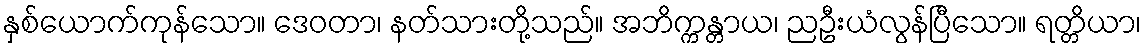
နှစ်ယောက်ကုန်သော။ ဒေဝတာ၊ နတ်သားတို့သည်။ အဘိက္ကန္တာယ၊ ညဦးယံလွန်ပြီသော။ ရတ္တိယာ၊